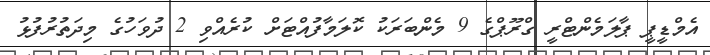
އެމްޑީޕީ ޕާލަމެންޓްރީ ގްރޫޕްގެ 9 މެންބަރަކު ކޮލަމާފުއްޓަށް ކުރެއްވި 2 ދުވަހުގެ މިދަތުރުފުޅު